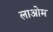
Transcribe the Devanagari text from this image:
लाओम